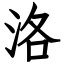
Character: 洛